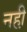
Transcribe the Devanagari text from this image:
नही़